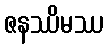
ဇနဿိမဿ